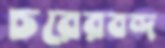
চরেরবন্দ